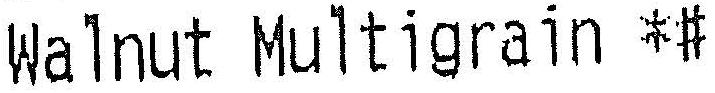
WALNUT MULTIGRAIN *#